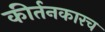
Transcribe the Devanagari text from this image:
कीर्तनकारच